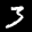
Label: 3